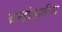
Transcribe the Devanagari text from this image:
ब्रम्हांडातील